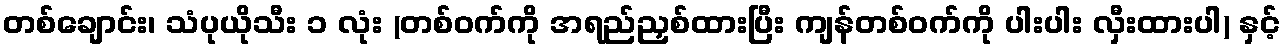
တစ်ချောင်း၊ သံပုယိုသီး ၁ လုံး (တစ်ဝက်ကို အရည်ညှစ်ထားပြီး ကျန်တစ်ဝက်ကို ပါးပါး လှီးထားပါ) နှင့်